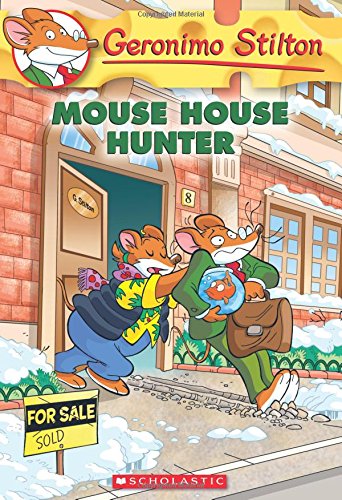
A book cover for Mouse House Hunter (Geronimo Stilton #61); Geronimo Stilton; Children's Books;